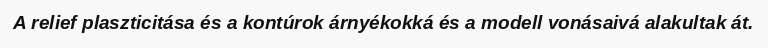
A relief plaszticitása és a kontúrok árnyékokká és a modell vonásaivá alakultak át.